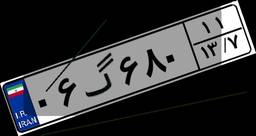
۰۶گ۶۸۰۱۱